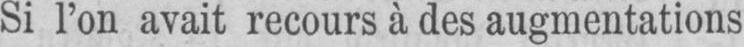
Si l’on avait recours à des augmentations